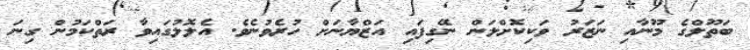
ބަތޫލްގެ މޫނާއި ނަޒަރު ވަކިކޮށްލަން ނޭގިފައި އަޒްޔާނަށް ހުރެވުނެވެ. އެލޮލުގައިވާ ރަތްކަމުން ގިނަ